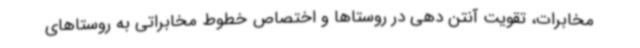
مخابرات، تقویت آنتن دهی در روستاها و اختصاص خطوط مخابراتی به روستاهای